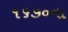
૧૬૭૦ના